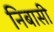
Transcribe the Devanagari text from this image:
निबासी